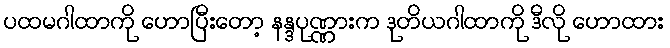
ပထမဂါထာကို ဟောပြီးတော့ နန္ဒပုဏ္ဏားက ဒုတိယဂါထာကို ဒီလို ဟောထား